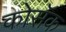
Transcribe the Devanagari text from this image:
कोसॅक